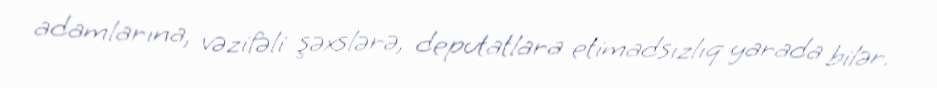
adamlarına, vəzifəli şəxslərə, deputatlara etimadsızlıq yarada bilər.